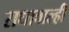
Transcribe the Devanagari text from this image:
राधावाल्ही